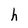
Character: h